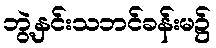
ဘွဲ့နှင်းသဘင်ခန်းမ၌